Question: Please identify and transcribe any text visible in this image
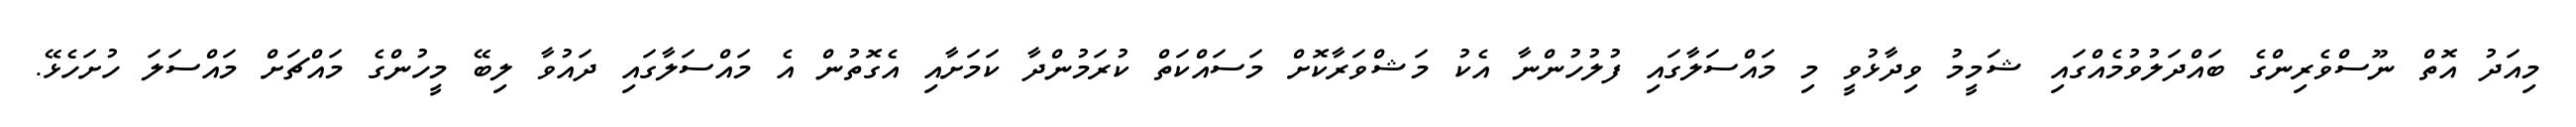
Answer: މިއަދު އޮތް ނޫސްވެރިންގެ ބައްދަލުވުމެއްގައި ޝަމީމު ވިދާޅުވީ މި މައްސަލާގައި ފުލުހުންނާ އެކު މަޝްވަރާކޮށް މަސައްކަތް ކުރަމުންދާ ކަމަށާއި އެގޮތުން އެ މައްސަލާގައި ދައުވާ ލިބޭ މީހުންގެ މައްޗަށް މައްސަލަ ހުށަހެޅޭ.